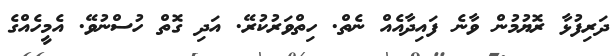
ދަރިފުޅާ ރޮޔުމުން ވާނެ ފައިދާއެއް ނެތް. ހިތްވަރުކުރޭ. އަދި ގޮތް ހުސްނުވޭ. އެމީހެއްގެ